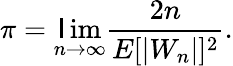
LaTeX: \pi=\operatorname*{\mathsf{l}im}_{n\to\infty}{\frac{{2n}}{{E[|W_{n}|]^{2}}}}.